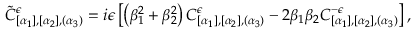
\tilde { C } _ { [ \alpha _ { 1 } ] , [ \alpha _ { 2 } ] , ( \alpha _ { 3 } ) } ^ { \epsilon } = i \epsilon \left[ \left( \beta _ { 1 } ^ { 2 } + \beta _ { 2 } ^ { 2 } \right) C _ { [ \alpha _ { 1 } ] , [ \alpha _ { 2 } ] , ( \alpha _ { 3 } ) } ^ { \epsilon } - 2 \beta _ { 1 } \beta _ { 2 } C _ { [ \alpha _ { 1 } ] , [ \alpha _ { 2 } ] , ( \alpha _ { 3 } ) } ^ { - \epsilon } \right] ,